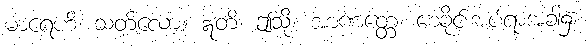
မာရေဟိ၊ သတ်လော့။ ဣတိ၊ ဤသို့။ အာဏတ္တေ၊ စေခိုင်းအပ်ရာအခါ၌။